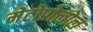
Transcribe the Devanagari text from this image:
मेटोप्रोलोल